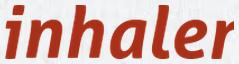
inhaler